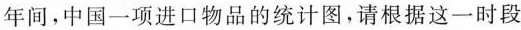
年间，中国一项进口物品的统计图，请根据这一时段